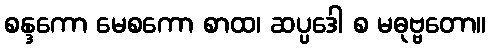
စန္ဒကော မေစကော စာထ၊ ဆပ္ပဒေါ စ မဓုဗ္ဗတော။